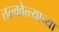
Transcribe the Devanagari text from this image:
तत्त्ववेत्त्याच्या